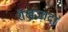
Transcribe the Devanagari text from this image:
शैखजादा